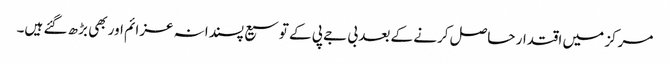
مرکز میں اقتدار حاصل کرنے کے بعد بی جے پی کے توسیع پسندانہ عزائم اور بھی بڑھ گئے ہیں۔